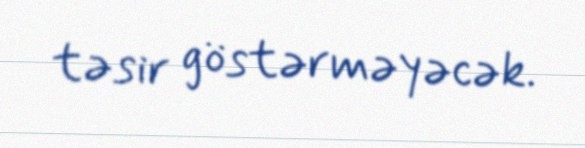
təsir göstərməyəcək.